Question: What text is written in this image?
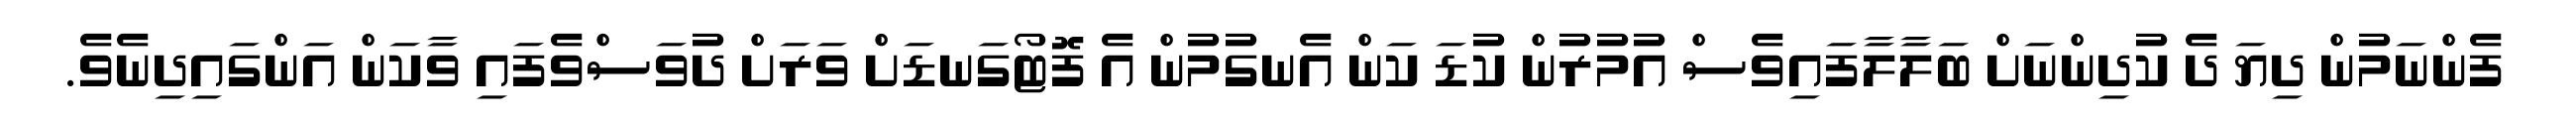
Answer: ފެންނަމުން ދިޔަ ދެ ކުދިންނަށް ބަލާލާފައިވެސް އުމުރުން ކުޑަ ކަން އެނގުމުން އެ ފޮޓޯގަނޑަށް ވަރަށް ދުވަސްވެފައި ވާކަން އަންގައިދިނެވެ.